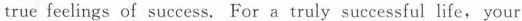
true feelings of success. For a truly successful life， your